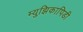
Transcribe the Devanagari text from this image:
म्युझिकापिडी